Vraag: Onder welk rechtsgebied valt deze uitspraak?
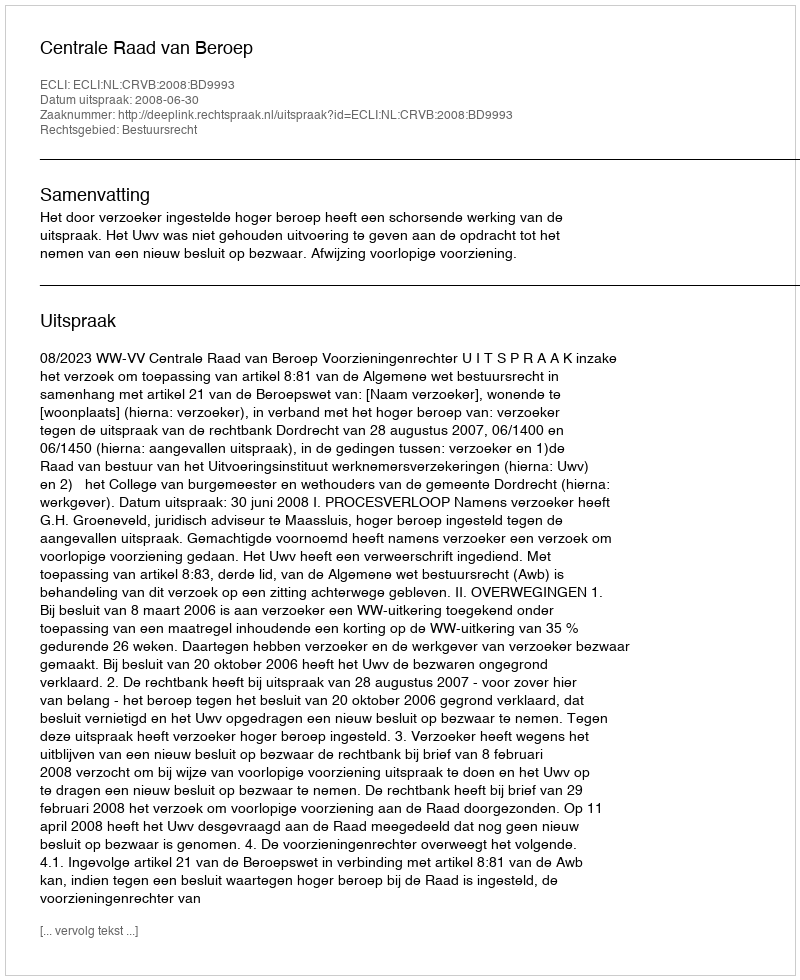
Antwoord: Bestuursrecht